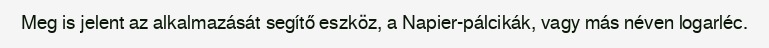
Meg is jelent az alkalmazását segítő eszköz, a Napier-pálcikák, vagy más néven logarléc.